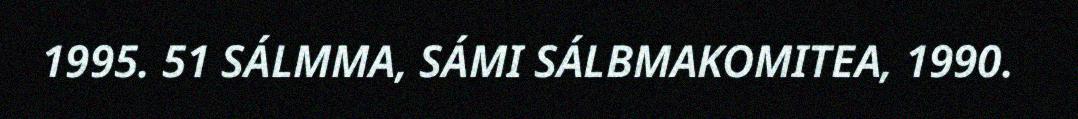
1995. 51 SÁLMMA, SÁMI SÁLBMAKOMITEA, 1990.